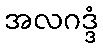
အလဂဒ္ဒံ